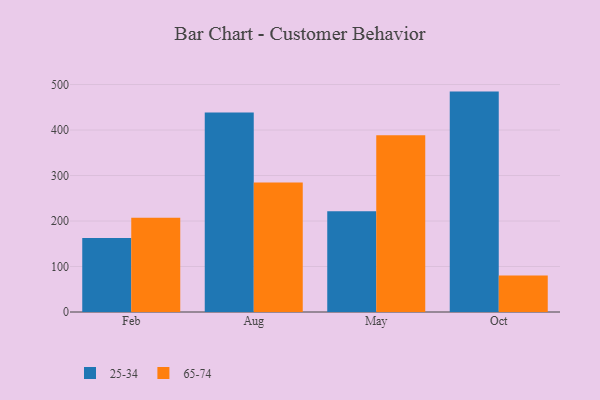
{"axis": {"x": "Month", "y": "Conversion Rate (%)"}, "legend": ["25-34", "65-74"], "data": [{"x": "Feb", "y": 162.6, "type": "25-34"}, {"x": "Feb", "y": 207.3, "type": "65-74"}, {"x": "Aug", "y": 438.6, "type": "25-34"}, {"x": "Aug", "y": 284.7, "type": "65-74"}, {"x": "May", "y": 221.6, "type": "25-34"}, {"x": "May", "y": 388.7, "type": "65-74"}, {"x": "Oct", "y": 484.5, "type": "25-34"}, {"x": "Oct", "y": 80.4, "type": "65-74"}]}